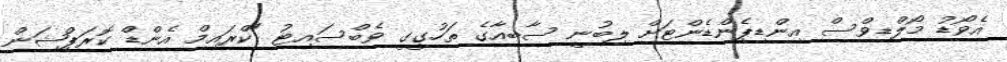
އެވޯޑު މޯލްޑިވްސް އިންޑިޕެންޑެންޓަށް ލިބުނީ ސާބިއާގެ ތަހުގީގީ ވެބްސައިޓު "ކްރައިމް އެންޑް ކޮރަޕްޝަން